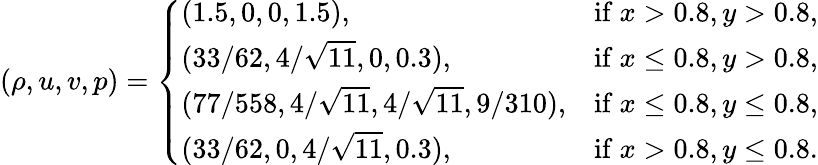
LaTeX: \left(\rho,u,v,p\right)=\left\{ \begin{array}{ll}{(1.5,0,0,1.5),}&{\mathrm{if~}x>0.8,y>0.8,}\\ {(33/62,4/\sqrt{11},0,0.3),}&{\mathrm{if~}x\leq 0.8,y>0.8,}\\ {(77/558,4/\sqrt{11},4/\sqrt{11},9/310),}&{\mathrm{if~}x\leq 0.8,y\leq 0.8,}\\ {(33/62,0,4/\sqrt{11},0.3),}&{\mathrm{if~}x>0.8,y\leq 0.8.}\end{array}\right.